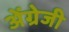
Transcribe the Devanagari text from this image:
अेंग्रेजी